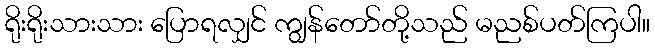
ရိုးရိုးသားသား ပြောရလျှင် ကျွန်တော်တို့သည် မညစ်ပတ်ကြပါ။